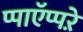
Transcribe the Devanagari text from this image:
प्पाऍप्पऱे